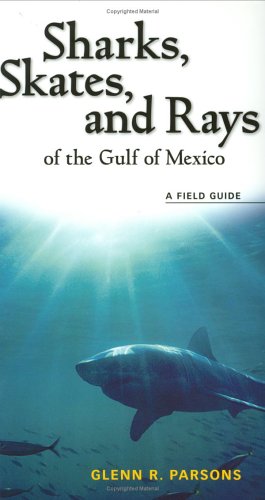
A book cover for Sharks, Skates, and Rays of the Gulf of Mexico: A Field Guide; Glenn R. Parsons; Sports & Outdoors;